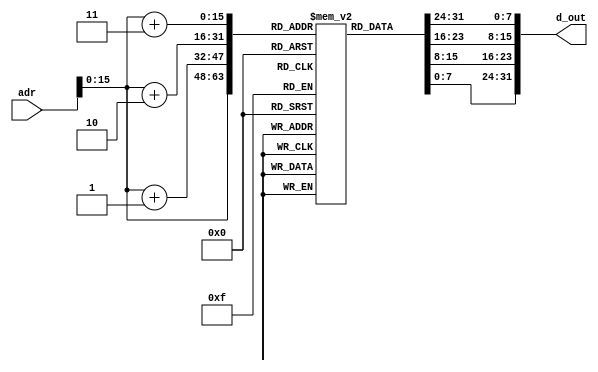

module instmem_jr (adr, d_out);
  input [31:0] adr;
  output [31:0] d_out;
  
  reg [7:0] mem[0:65535];
  
  initial
  begin
    {mem[3], mem[2], mem[1], mem[0]}     = {6'h09, 5'd0, 5'd1, 16'd16};      //addi R1, R0, 3
    {mem[7], mem[6], mem[5], mem[4]}     = {6'b000110, 5'd1, 21'd0};        //Jr R1
    {mem[11], mem[10], mem[9], mem[8]}   = {6'h09, 5'd0, 5'd2, 16'd5};      //addi R2, R0, 5 //ignore
    {mem[15], mem[14], mem[13], mem[12]} = {6'h09, 5'd0, 5'd2, 16'd6};      //addi R2, R0, 6 //ignore
    {mem[19], mem[18], mem[17], mem[16]} = {6'h09, 5'd0, 5'd2, 16'd7};      //addi R2, R0, 7 //jump here
    {mem[23], mem[22], mem[21], mem[20]} = {6'h09, 5'd0, 5'd2, 16'd8};      //addi R2, R0, 8
    {mem[27], mem[26], mem[25], mem[24]} = {6'h2B, 5'd0, 5'd2, 16'd2000};   //SW R2, 2000(R0)
  end
  
  assign d_out = {mem[adr[15:0]+3], mem[adr[15:0]+2], mem[adr[15:0]+1], mem[adr[15:0]]};
  
endmodule